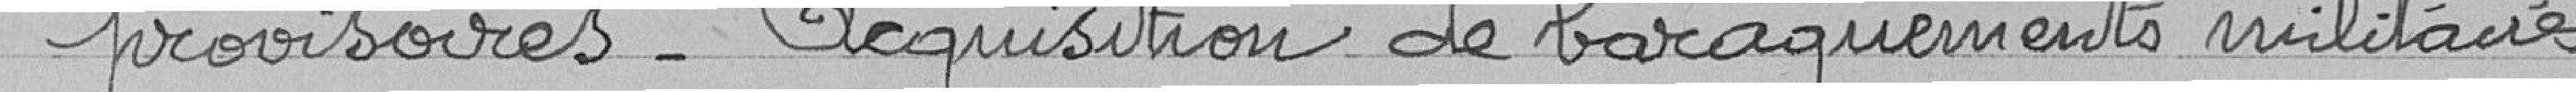
provisoires - Acquisition de baraquements militaires